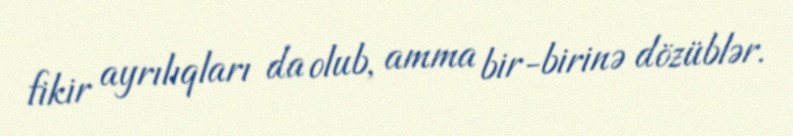
fikir ayrılıqları da olub, amma bir-birinə dözüblər.